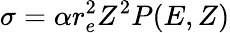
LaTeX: \sigma=\alpha r_{e}^{2}Z^{2}P(E,Z)